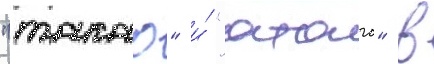
"такао" и́ "атаго" в